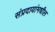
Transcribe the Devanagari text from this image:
संप्रदायांमधील